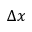
\Delta x